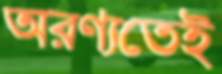
অরণ্যতেই